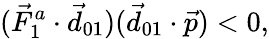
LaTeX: (\vec{F}_{1}^{a}\cdot\vec{d}_{01})(\vec{d}_{01}\cdot\vec{p})<0,